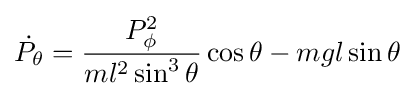
{\dot {P_{\theta }}}={P_{\phi }^{2} \over ml^{2}\sin ^{3}\theta }\cos \theta -mgl\sin \theta